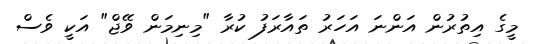
މީގެ އިތުރުން އަންނަ އަހަރު ތައާރަފު ކުރާ "މިނިމަން ވޭޖް" އަކީ ވެސް